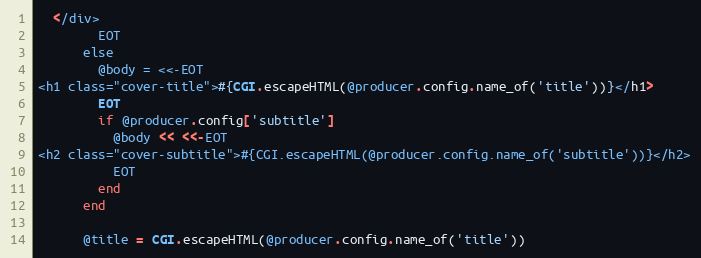
Language: Ruby
  </div>
        EOT
      else
        @body = <<-EOT
<h1 class="cover-title">#{CGI.escapeHTML(@producer.config.name_of('title'))}</h1>
        EOT
        if @producer.config['subtitle']
          @body << <<-EOT
<h2 class="cover-subtitle">#{CGI.escapeHTML(@producer.config.name_of('subtitle'))}</h2>
          EOT
        end
      end

      @title = CGI.escapeHTML(@producer.config.name_of('title'))